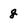
Character: g